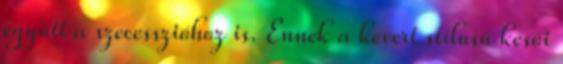
együtt a szecesszióhoz is. Ennek a kevert stílusú késői